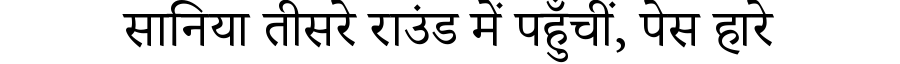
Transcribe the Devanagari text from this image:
सानिया तीसरे राउंड में पहुँचीं, पेस हारे